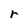
Character: r